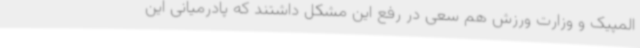
المپیک و وزارت ورزش هم سعی در رفع این مشکل داشتند که پادرمیانی این